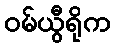
ဝမ်ယွီရိုက